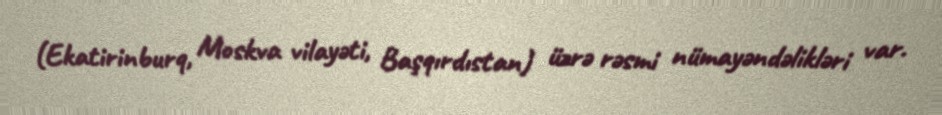
(Ekatirinburq, Moskva vilayəti, Başqırdıstan) üzrə rəsmi nümayəndəlikləri var.